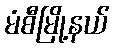
မံစီမြို့နယ်